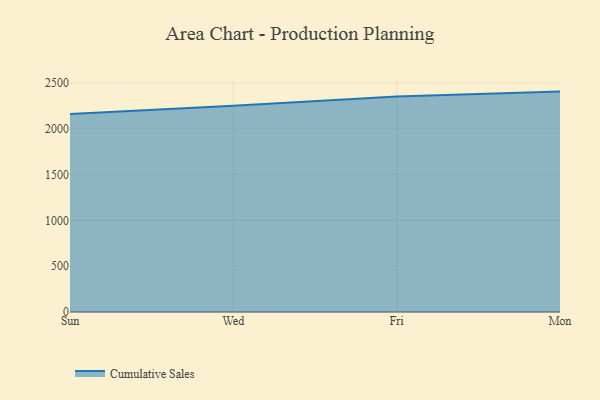
{"axis": {"x": "Day", "y": "Satisfaction Score"}, "legend": ["Cumulative Sales"], "data": [{"x": "Sun", "y": 2162.0, "type": "Cumulative Sales"}, {"x": "Wed", "y": 2253.4, "type": "Cumulative Sales"}, {"x": "Fri", "y": 2353.9, "type": "Cumulative Sales"}, {"x": "Mon", "y": 2407.6, "type": "Cumulative Sales"}]}